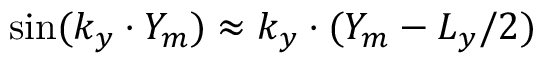
\sin ( k _ { y } \cdot Y _ { m } ) \approx k _ { y } \cdot ( Y _ { m } - L _ { y } / 2 )